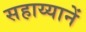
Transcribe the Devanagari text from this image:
सहाय्यानें